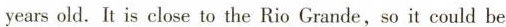
yearsold. It is close to the Rio Grande,so it could be